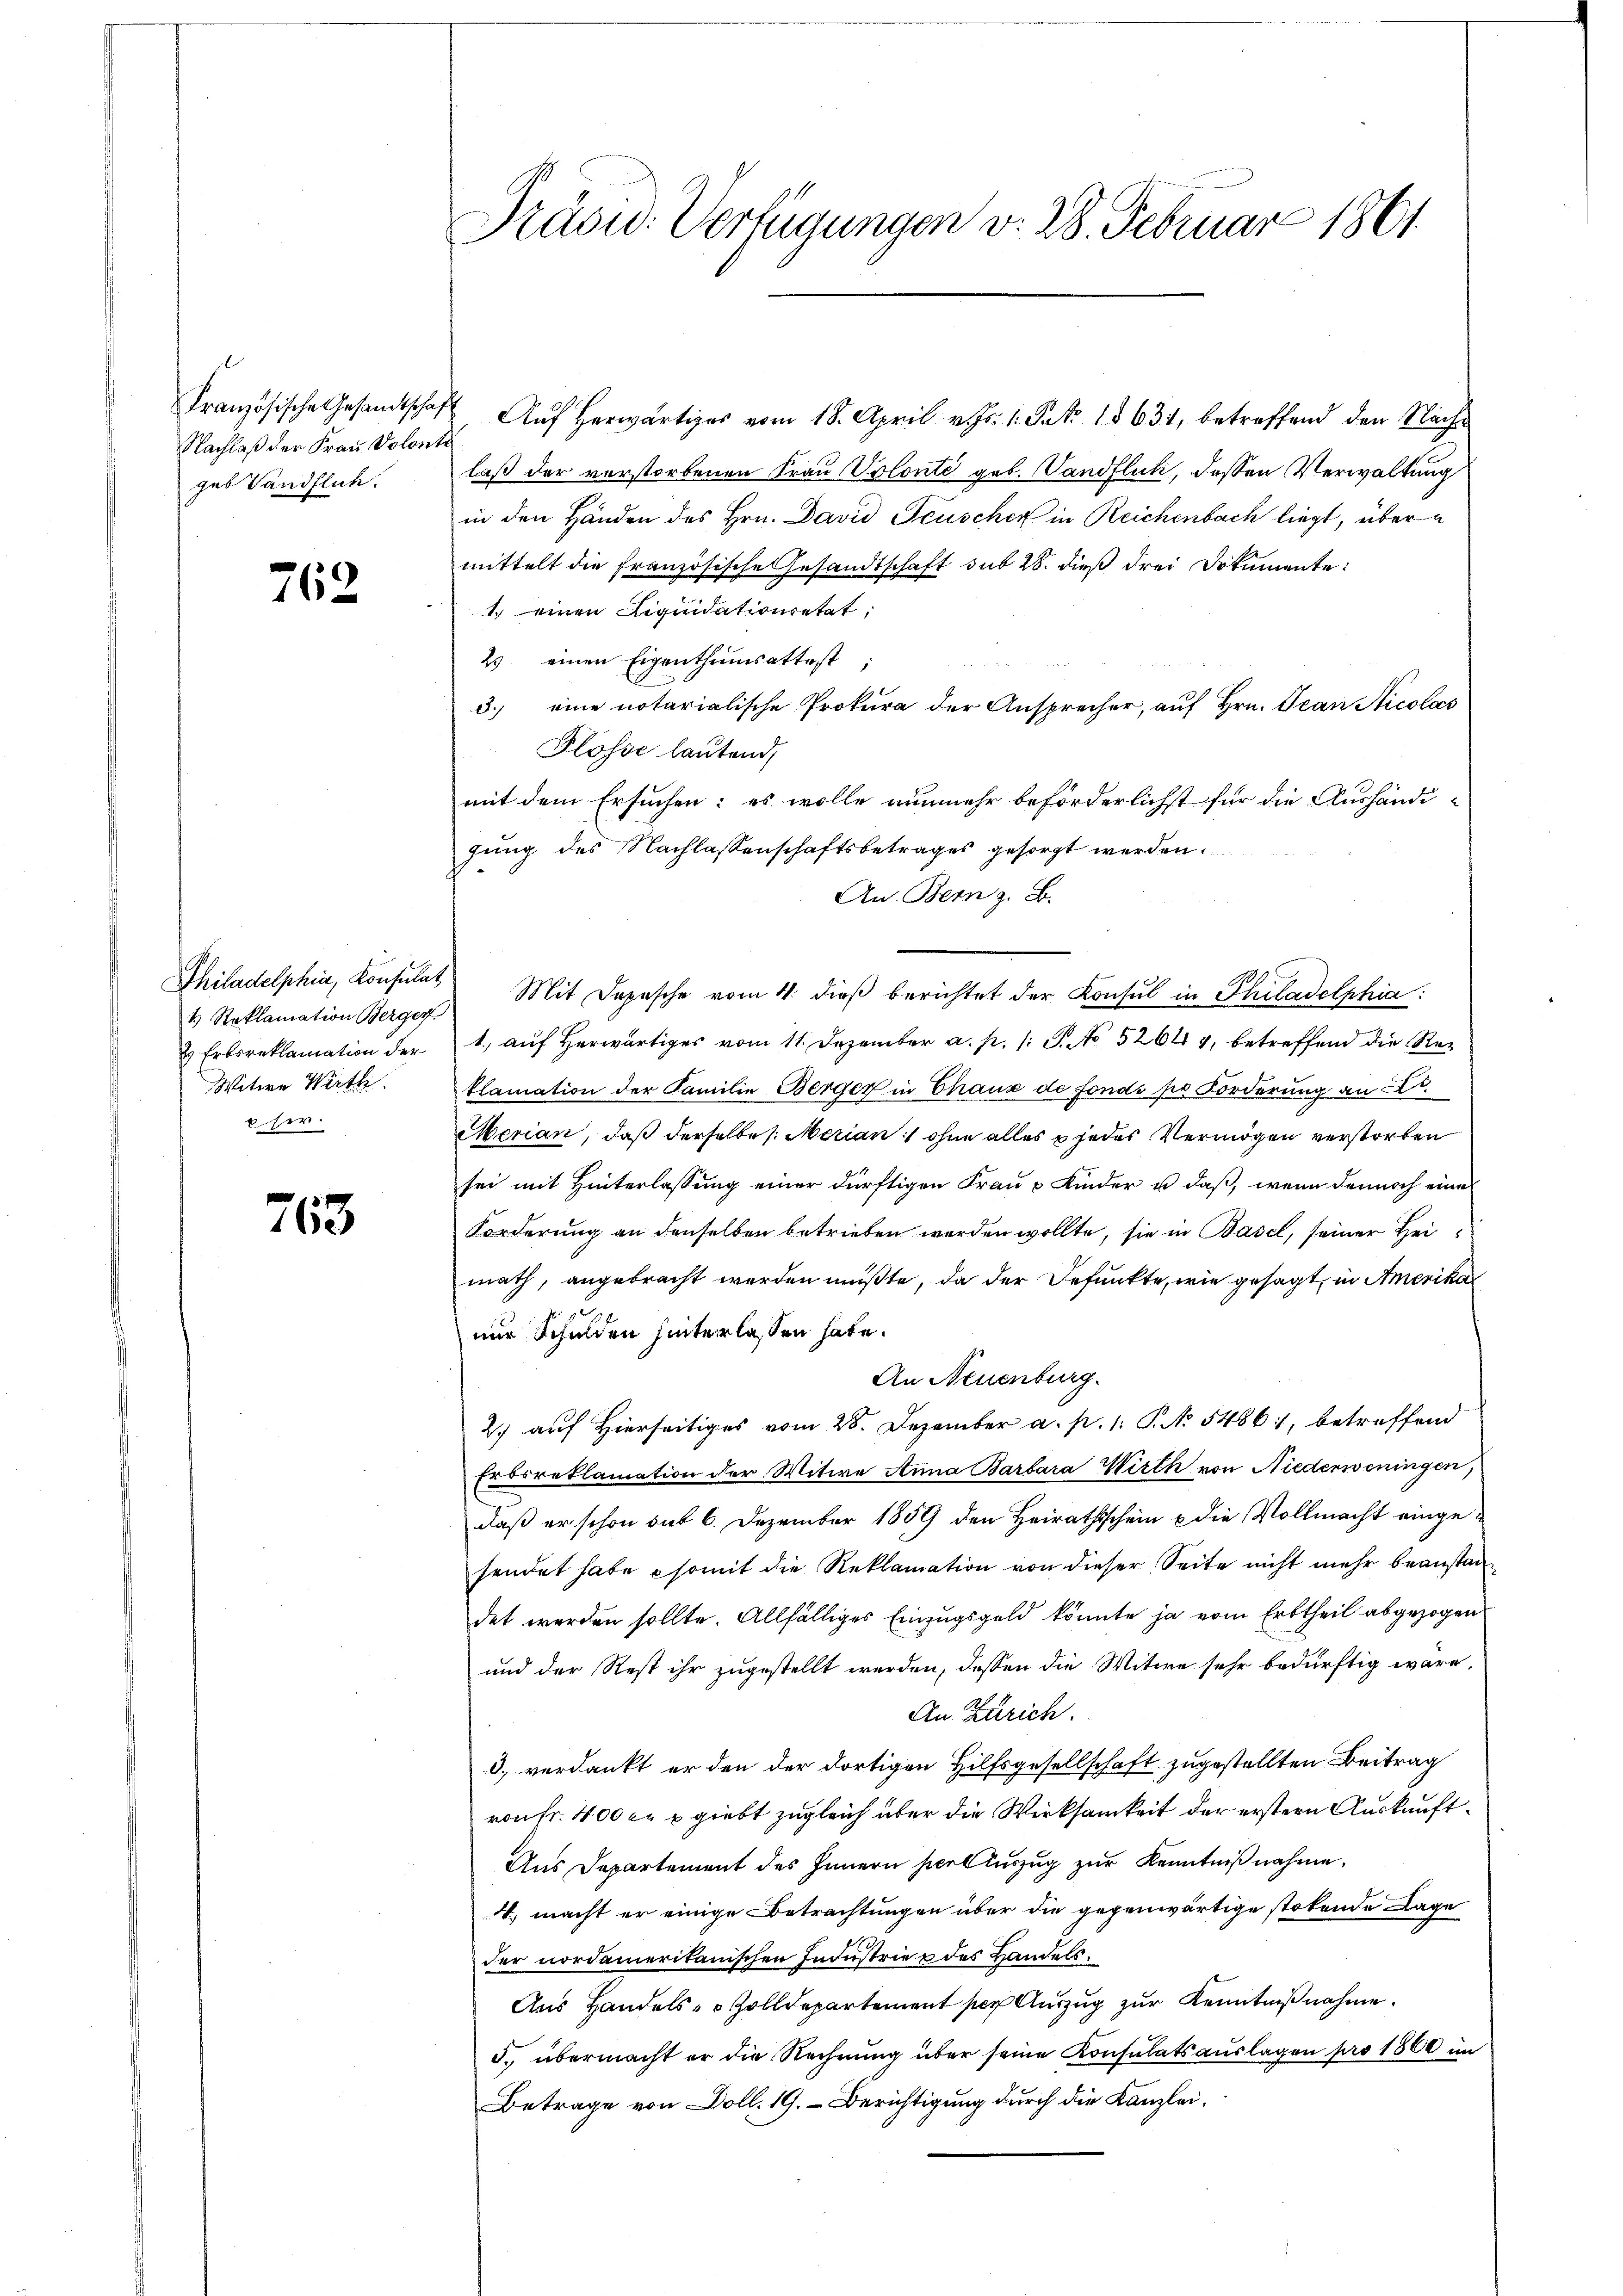
Französische Gesandtscha
Nachlaß der Frau Volonges Landflich.

762

Philadelphia, Konsulat
1 Reklamation Berger
 Erbsreklamation der
Witwe Wirth
6 her.

763

Präsid. Verfügungen v. 28. Februar 1861

1. Auf herwärtiges vom 18. April v. Js. 1. Pat 18631, betreffend den Nachlaß der verstorbenen Frau Volonté geb. Vandflich, dessen Verwaltung
in den Händen des Hrn. David Feuscher in Reichenbach liegt, über
mittelt die französische Gesandtschaft sub 28. dieß drei Dokumente:
1 einen Liquidationsetat
23 einen Eigenthumsattest;
3.) eine notarialische Prokura der Ansprecher, auf Hrn. Jean Nicolos
Flosse lautend,
mit dem Ersuchen: es wolle nunmehr beförderlichst für die Aushändi-
gung des Nachlassenschaftsbetrages gesorgt werden.
An Bern z. B.
Mit Depesche vom 4. dieß berichtet der Konsul in Philadelphia:
1.) auf herwärtiges vom 11. Dezember a. p. 1 S. No 52644, betreffend die Reklamation der Familie Berger in Chaux de Fonds pr Forderung an
Merian, daß derselbe s. Merian ohne alles jedes Vermögen verstorben
sei mit Hinterlassung einer dürftigen Frau & Kinder u. daß, wenn dennoch eine
Forderung an denselben betrieben werden wollte, sie in Basel, seiner Heimath, angebracht werden müßte, da der Befunkte, wie gesagt, in Amerika
nur Schulden hinterlassen hate.
An Neuenburg.
2.) auf Hierseitiges vom 28. Dezember a. p. 1. P. No 5486, betreffend
Erbsreklamation der Witwe Anna Barbara Wirth von Niederweningen,
daß er schon mit 6. Dezember 1859 den Heirathschein & die Vollmacht eingesendet habe somit die Reklamation von dieser Seite nicht mehr beanstan
det werden sollte. Allfälliges Einzugsgeld könnte ja vom Erbtheil abgezogen
und der Rest ihr zugestellt werden, dessen die Witwe sehr bedürftig wäre,
An Zürich.
d) verdankt er den der dortigen Hilfsgesellschaft zugestellten Beitrag
ron fr. 400 c. u giebt zugleich über die Wirksamkeit der erstern Auskunft¬
Aus Departement des Innern hiel Auszug zur Kenntnißnahme.
A, macht er einige Betrachtungen über die gegenwärtige stolende Lage
der nordameritanischen Industrie & des Handels¬
Aus Handels- & Zolldepartement per Auszug zur Kenntnißnahme.
5. übermacht er die Rechnung über seine Konsulatsaŭslagen pro 1860 im
Betrage von Doll. 19. Berichtigung durch die Kanzlei¬